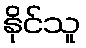
နိုင်သူ